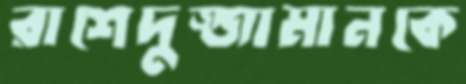
রাশেদুজ্জামানকে